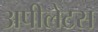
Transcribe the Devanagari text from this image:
अपीलेटस